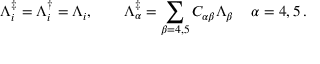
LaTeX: \Lambda _ { i } ^ { \ddagger } = \Lambda _ { i } ^ { \dagger } = \Lambda _ { i } , \quad \quad \Lambda _ { \alpha } ^ { \ddagger } = \sum _ { \beta = 4 , 5 } C _ { \alpha \beta } \Lambda _ { \beta } \, \quad \alpha = 4 , 5 \, .